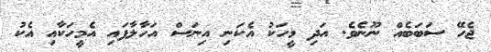
ޖެހޭ ސަބަބެއް ނޫނެވެ. އަދި މީހަކު އެކަނި އިނަސް އަހާލާފައި އެމީހަކާއި އެކު